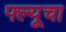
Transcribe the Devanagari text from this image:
फ्ल्यूचा